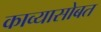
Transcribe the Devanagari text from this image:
काव्यासोबत